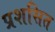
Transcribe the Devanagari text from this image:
प्रशसित